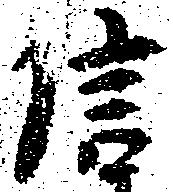
信